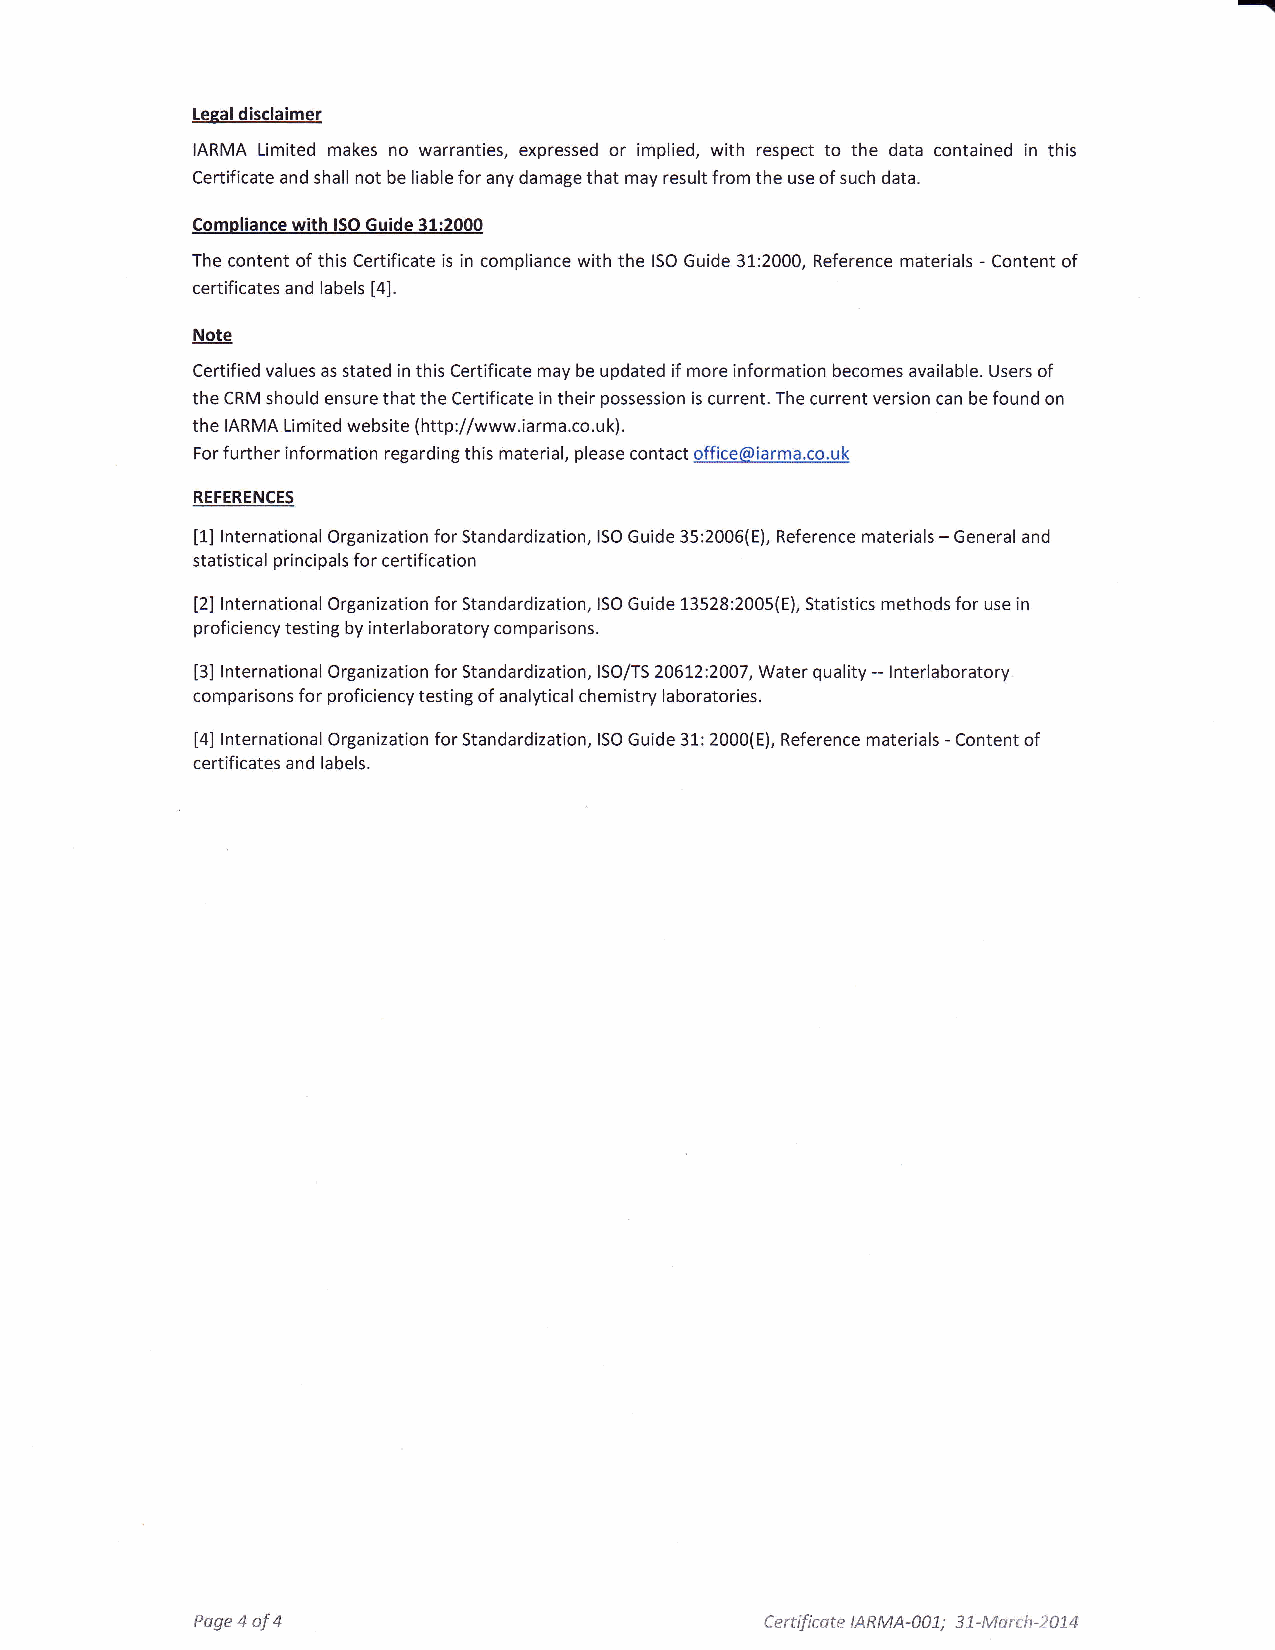
Leeal disclaimer
 IARMA Limited makes no warranties, expressed or implied, with respect to the data contained in this
 Certificate and shall not be liable for any damage that may result from the use of such data.
 Comoliance with ISO Guide 31:2000
 The content of this Certificate is in compliance with the ISO Guide 31:2000, Reference materials - Content of
 certificates and labels [4].
 Note
 Certified values as stated in this Certificate may be updated if more information becomes available. Users of
 the CRM should ensure that the Certificate in their possession is current. The current version can be found on
 the IARMA Li mited website ( http://www.iarma.co.u k).
 For further information regarding this material, please contact office@iarma.co.uk
 REFERENCES
 [1] lnternational Organization for Standardization, ISO Guide 35:2006(E), Reference materials - General and
 statistical principals for certification
 [2] lnternational Organization for Standardization, ISO Guide 13528:2005(E), Statistics methods for use in
 proficiency testing by interlaboratory comparisons.
 [3] lnternational Organization for Standardization, ISO/TS 20612:2007, Water quality - lnterlaboratory
 comparisons for proficiency testinB of analytical chemistry laboratories.
 [4] lnternational Organization for Standardization, ISO Guide 31: 2000(E), Reference materials - Content of
 certificates and labels.
 Page 4 of 4                           Certificote IARM4-00L; i 1-Mo rch-2014